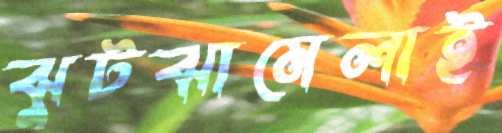
ঝুটঝামেলাই